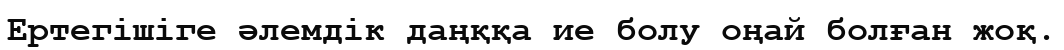
Ертегішіге әлемдік даңққа ие болу оңай болған жоқ.